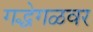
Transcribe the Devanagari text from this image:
गद्धेगळवर